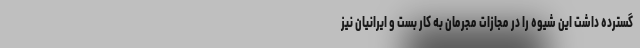
گسترده داشت این شیوه را در مجازات مجرمان به کار بست و ایرانیان نیز